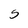
Character: S